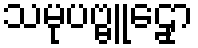
သမုပဗ္ဗူဠှော